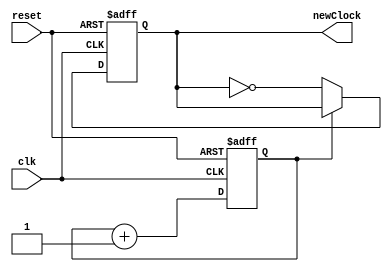
module ClockDivider (clk, reset, newClock);

input wire clk, reset;
output reg newClock;

reg counterClock;

always @ (posedge clk or posedge reset) begin
	if (reset == 1'b1)
	begin
		newClock <= 1'b0;
		counterClock <= 1'b0;
	end
	else begin
		counterClock <= counterClock + 1'b1;
		if (counterClock == 1'b0)
		begin
			newClock <= ~newClock;
		end
	end
end

endmodule